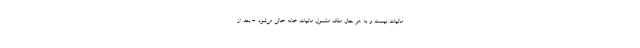
مالیات نیست و به هر حال ملک مشمول مالیات خانه خالی می‌شود. - بعد از